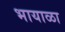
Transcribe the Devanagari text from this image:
भायाळा